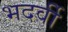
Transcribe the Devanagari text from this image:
भदर्वी